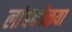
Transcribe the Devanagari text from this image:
लांबकोळया